Vaccine operations Central Provinces 1886-1899 - 1886-1899
Year: 1886
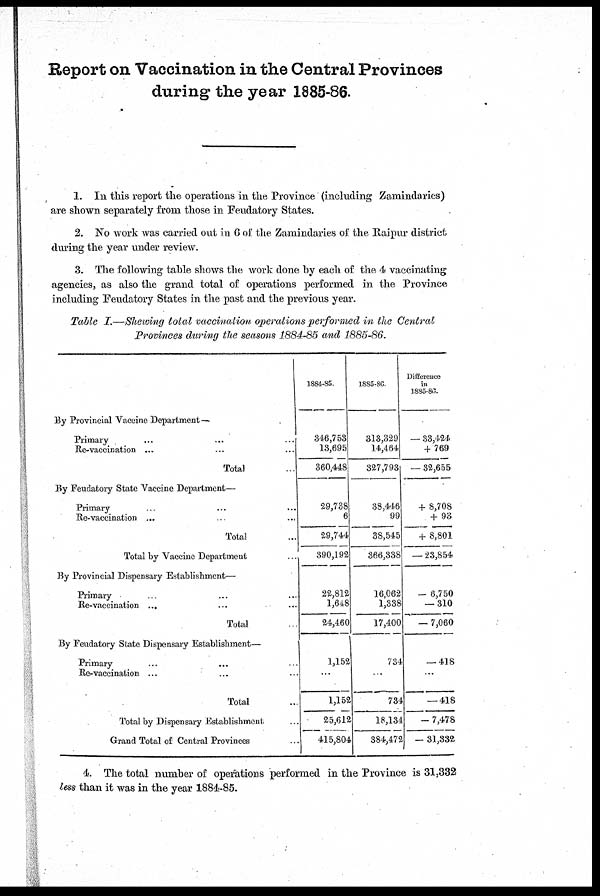
Report on Vaccination in the Central Provinces
during the year 1885-86.
1. In this report the operations in the Province (including Zamindaries)
are shown separately from those in Feudatory States.
2. No work was carried out in 6 of the Zamindaries of the Raipur district
during the year under review.
3. The following table shows the work done by each of the 4 vaccinating
agencies, as also the grand total of operations performed in the Province
including Feudatory States in the past and the previous year.
Table I.—Shewing total vaccination operations performed in the Central
Provinces during the seasons 1884-85 and 1885-86.
By Provincial Vaccine Department—
Primary … … …
Re-vaccination ... … …
Total …
By Feudatory State Vaccine Department—
Primary ... ... ...
Re-vaccination ... ... ...
Total ...
Total by Vaccine Department ... ... ...
By Provincial Dispensary Establishment—
Primary ... ... ...
Re-vaccination ... ... ...
Total ...
By Feudatory State Dispensary Establishment—
Primary ... ... ...
Re-vaccination ... ... ...
Total ...
Total by Dispensary Establishment ...
Grand Total of Central Provinces ...
1884-85.
346,753
13,695
360,448
29,738
6
29,744
390,192
22,812
1,648
24,460
1,152
...
1,152
25,612
415,804
1885-86.
313,329
14,464
327,793
38,446
99
38,545
366,338
16,062
1,338
17,400
734
...
734
18,134
384,472
Difference
in
1885-80.
- 33,424
+ 769
- 32,655
+ 8,708
+ 93
+ 8,801
- 23,854
- 6,750
- 310
- 7,060
- 418
...
- 418
- 7,478
- 31,332
4. The total number of operations performed in the Province is 31,332
less than it was in the year 1884-85.